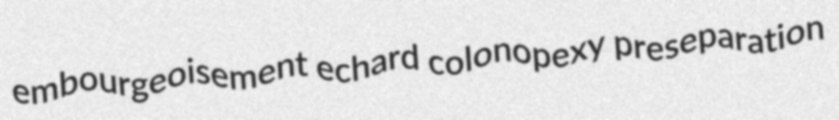
embourgeoisement echard colonopexy preseparation